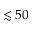
\lesssim 5 0